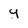
Character: y